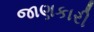
જાણકારી